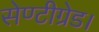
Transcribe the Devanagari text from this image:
सेण्टीग्रेड।